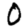
Digit: 0